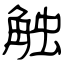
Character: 触